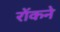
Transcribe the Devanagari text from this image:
रोंकने